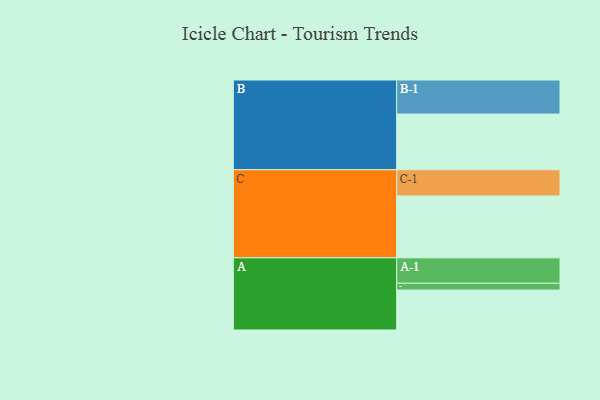
{"axis": {"x": "Segment", "y": "Value"}, "legend": ["", "A", "B", "C"], "data": [{"x": "A", "y": 334, "type": ""}, {"x": "B", "y": 466, "type": ""}, {"x": "C", "y": 518, "type": ""}, {"x": "A-1", "y": 213, "type": "A"}, {"x": "A-2", "y": 57, "type": "A"}, {"x": "B-1", "y": 285, "type": "B"}, {"x": "C-1", "y": 219, "type": "C"}]}